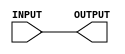
`timescale 1ns / 1ps
//////////////////////////////////////////////////////////////////////////////////
// Company: 
// Engineer: 
// 
// Design Name: 
// Module Name:    leftshift2 
// Project Name: 
// Target Devices: 
// Tool versions: 
// Description: 
//
// Dependencies: 
//
// Revision: 
// Revision 0.01 - File Created
// Additional Comments: 
//
//////////////////////////////////////////////////////////////////////////////////
module Left_shift_2(INPUT, OUTPUT);
    input [31:0] INPUT;
	 output [31:0] OUTPUT;
	 assign OUTPUT = INPUT;

endmodule